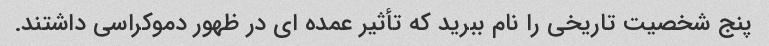
پنج شخصیت تاریخی را نام ببرید که تأثیر عمده ای در ظهور دموکراسی داشتند.